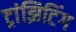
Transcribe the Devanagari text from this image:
ट्रांझिटिंग